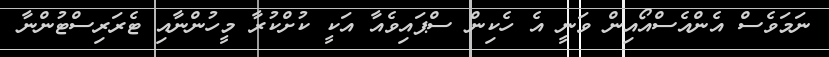
ނަމަވެސް އެންއެސްއޯއިން ވަނީ އެ ހެކިން ސްޕައިވެއާ އަކީ ކުށްކުރާ މީހުންނާއި ޓެރަރިސްޓުންނާ